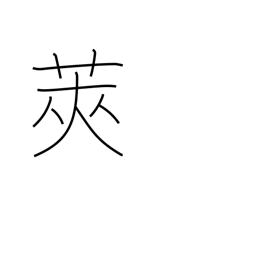
Meaning: shell